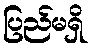
ပြည်မရှိ